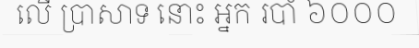
លើ ប្រាសាទ នោះ អ្នក របាំ ៦០០០